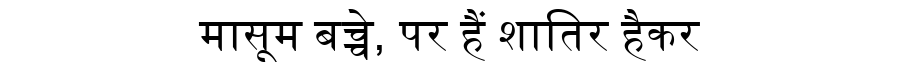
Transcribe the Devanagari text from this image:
मासूम बच्चे, पर हैं शातिर हैकर